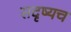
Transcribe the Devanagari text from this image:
सदृष्यच